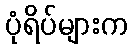
ပုံရိပ်များက